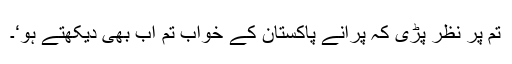
تم پر نظر پڑی کہ پرانے پاکستان کے خواب تم اب بھی دیکھتے ہو‘۔